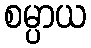
စမ္ပာယ